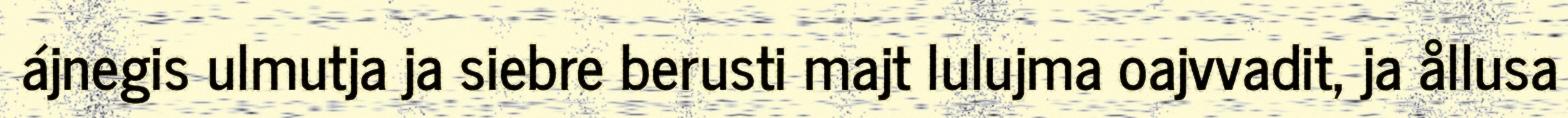
ájnegis ulmutja ja siebre berusti majt lulujma oajvvadit, ja ållusa